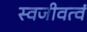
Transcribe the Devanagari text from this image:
स्वजीवत्वं